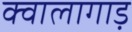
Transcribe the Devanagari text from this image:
क्वालागाड़